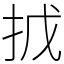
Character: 㧔